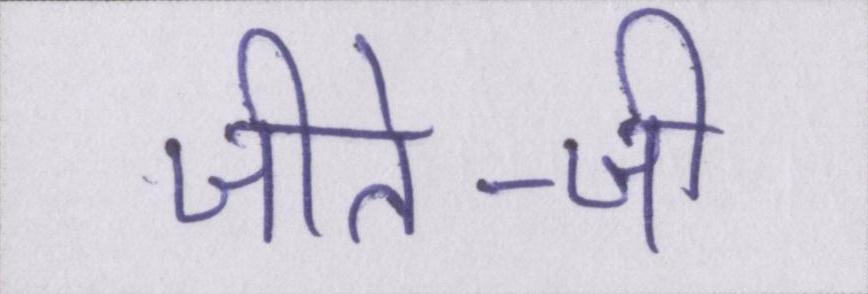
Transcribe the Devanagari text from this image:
जीते-जी